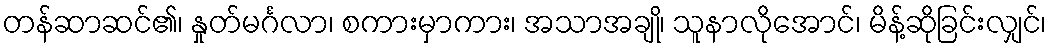
တန်ဆာဆင်၏၊ နှုတ်မင်္ဂလာ၊ စကားမှာကား၊ အသာအချို၊ သူနာလိုအောင်၊ မိန့်ဆိုခြင်းလျှင်၊